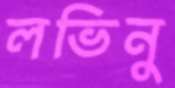
লভিনু